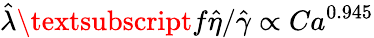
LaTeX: \hat{\lambda}\textsubscript{f}\hat{\eta}/\hat{\gamma}\propto Ca^{0.945}